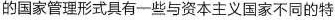
的国家管理形式具有一些与资本主义国家不同的特